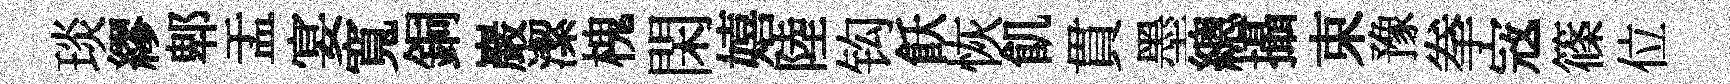
琰繆郫盂宴寬銅巖潔槐閑嬉陸钩飫恢飢貫墨總攝束豫拳𡨥篠位